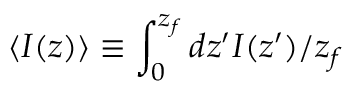
\langle I ( z ) \rangle \equiv \int _ { 0 } ^ { z _ { f } } d z ^ { \prime } I ( z ^ { \prime } ) / z _ { f }